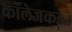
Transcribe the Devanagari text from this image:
कॉलेजकडून